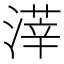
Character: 𣻿